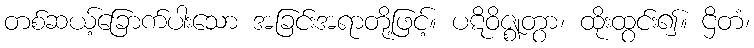
တစ်ဆယ့်ခြောက်ပါးသော အခြင်းအရာတို့ဖြင့်။ ပဋိဝိဇ္ဈတွာ၊ ထိုးထွင်း၍။ ဌိတံ၊